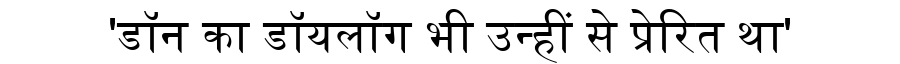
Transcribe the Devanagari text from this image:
'डॉन का डॉयलॉग भी उन्हीं से प्रेरित था'